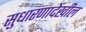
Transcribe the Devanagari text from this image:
सुधारणादेखील